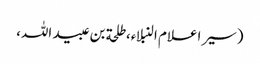
(سیر اعلام النبلاء، طلحة بن عبید اللہ،